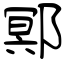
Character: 鄍